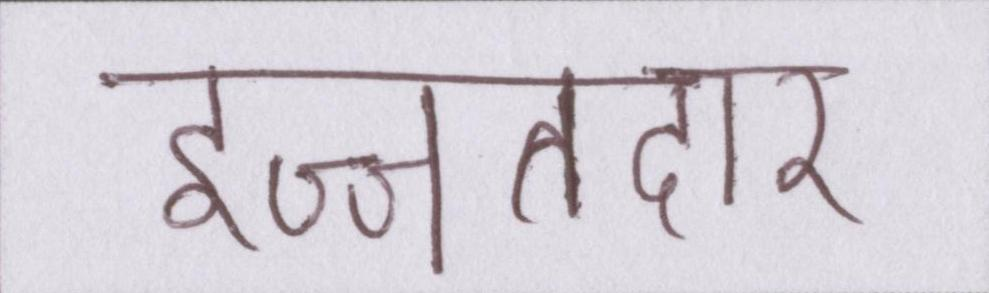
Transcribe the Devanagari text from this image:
इज्जतदार